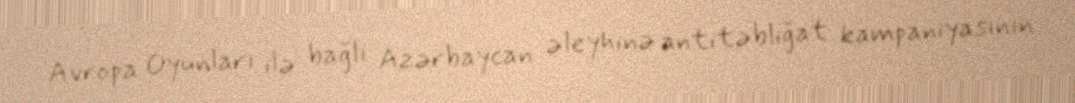
Avropa Oyunları ilə bağlı Azərbaycan əleyhinə antitəbliğat kampaniyasının